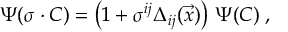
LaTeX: \Psi ( \sigma \cdot C ) = \left( 1 + \sigma ^ { i j } \Delta _ { i j } ( \vec { x } ) \right) \, \Psi ( C ) \; ,